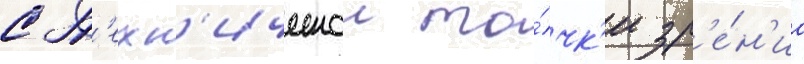
с т'ехн'ическои то́чк'и зр'е́н'иа